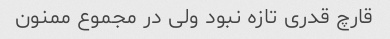
قارچ قدری تازه نبود ولی در مجموع ممنون